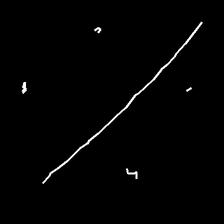
Glyph: cool